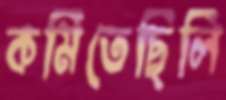
কমিতেছিলি